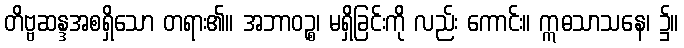
တိဗ္ဗဆန္ဒအစရှိသော တရား၏။ အဘာဝဉ္စ၊ မရှိခြင်းကို လည်း ကောင်း။ ဣဓသာသနေ၊ ၌။